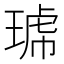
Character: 𱯊